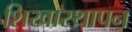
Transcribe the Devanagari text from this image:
शिखास्थापन